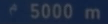
5000 m